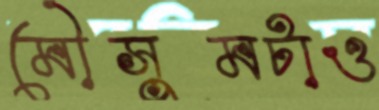
মৌসুমটাও